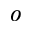
^ { o }